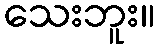
သေးဘူး။